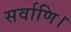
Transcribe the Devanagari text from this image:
सर्वाणि।